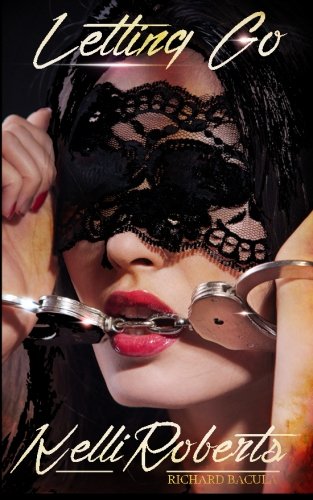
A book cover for Letting Go; Kelli Roberts; Romance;